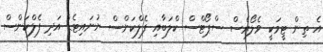
އެ ތިން ޓީމަކީ ވެލޯރެސް ސްޕޯޓްސް ކްލަބާއި ފެލްކަންސް ޔުނައިޓެޑް އަދި ފެލްކަންސް